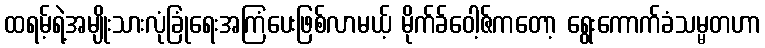
ထရမ့်ရဲ့အမျိုးသားလုံခြုံရေးအကြံပေးဖြစ်လာမယ့် မိုက်ခ်ဝေါ့ဇ်ကတော့ ရွေးကောက်ခံသမ္မတဟာ